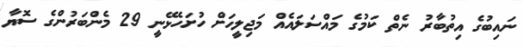
ނައިބުގެ އިތުބާރު ނެތް ކަމުގެ މައްސަލައެއް މަޖިލީހަށް ހުށަހެޅޭނީ 29 މެންބަރުންގެ ސޮޔާ